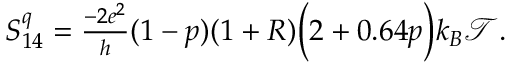
\begin{array} { r } { S _ { 1 4 } ^ { q } = \frac { - 2 e ^ { 2 } } { h } ( 1 - p ) ( 1 + R ) \bigg ( 2 + 0 . 6 4 p \bigg ) k _ { B } \mathcal { T } . } \end{array}